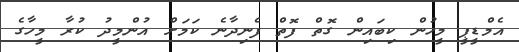
އެމްޑީޕީ މީހުން ކިބައިން ގޮތް ފޮތް ފެނިދާނެ ކަމަށް އުންމީދު ކުރާ މީހާގެ